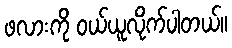
ဖလားကို ဝယ်ယူလိုက်ပါတယ်။